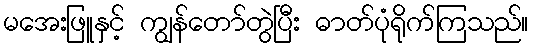
မအေးဖြူနှင့် ကျွန်တော်တွဲပြီး ဓာတ်ပုံရိုက်ကြသည်။